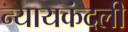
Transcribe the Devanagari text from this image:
न्यायकंदली